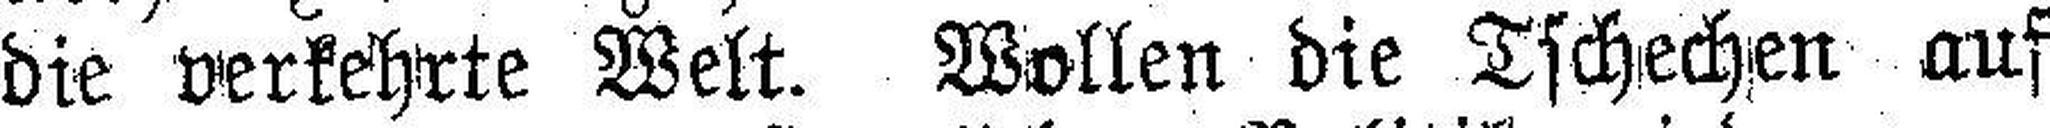
die verkehrte Welt. Wollen die Tschechen auf